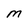
Character: M